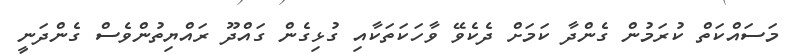
މަސައްކަތް ކުރަމުން ގެންދާ ކަަމަށް ދެކެވޭ ވާހަކަތަކާއި ގުޅިގެން ގައްދޫ ރައްޔިތުންވެސް ގެންދަނީ